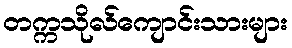
တက္ကသိုလ်ကျောင်းသားများ